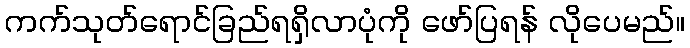
ကက်သုတ်ရောင်ခြည်ရရှိလာပုံကို ဖော်ပြရန် လိုပေမည်။